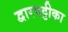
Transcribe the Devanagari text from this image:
द्वारपट्टीका